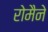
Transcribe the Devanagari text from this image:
रोमैने